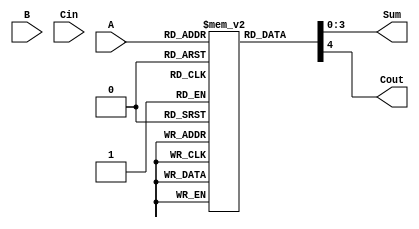
module BCD_LUT_Adder (
    input  [3:0] A,        // 4-bit BCD input A
    input  [3:0] B,        // 4-bit BCD input B
    input        Cin,       // Carry input
    output [3:0] Sum,       // 4-bit BCD output sum
    output       Cout       // Carry output
);
    
    // Defining the size of the LUT: 16 for A and B inputs (0-9 range)
    reg [4:0] LUT [0:15];  // LUT for storing 5-bit results (4-bit sum + 1 bit carry)
    
    initial begin
        // Initialize LUT with precomputed values
        // LUT entries correspond to {Cin, B, A} => {Cout, Sum}
        
        // Input combinations: A + B + Cin
        LUT[0]  = 5'b00000; // 0 + 0 + 0 = 0
        LUT[1]  = 5'b00001; // 0 + 1 + 0 = 1
        LUT[2]  = 5'b00010; // 0 + 2 + 0 = 2
        LUT[3]  = 5'b00011; // 0 + 3 + 0 = 3
        LUT[4]  = 5'b00100; // 0 + 4 + 0 = 4
        LUT[5]  = 5'b00101; // 0 + 5 + 0 = 5
        LUT[6]  = 5'b00110; // 0 + 6 + 0 = 6
        LUT[7]  = 5'b00111; // 0 + 7 + 0 = 7
        LUT[8]  = 5'b01000; // 0 + 8 + 0 = 8
        LUT[9]  = 5'b01001; // 0 + 9 + 0 = 9
        LUT[10] = 5'b01010; // 1 + 0 + 0 = 10
        LUT[11] = 5'b01011; // 1 + 1 + 0 = 11
        LUT[12] = 5'b01100; // 1 + 2 + 0 = 12
        LUT[13] = 5'b01101; // 1 + 3 + 0 = 13
        LUT[14] = 5'b01110; // 1 + 4 + 0 = 14
        LUT[15] = 5'b01111; // 1 + 5 + 0 = 15
        // Continue initializing for all combinations.
        // More entries would be needed to fill all A, B combinations with Cin in mind.
        // Note: Entries for A + B + 1, A + B + 2, etc. should be filled in as well.
    end
    
    wire [5:0] sum_bin; // 5-bit sum for A + B + Cin
    assign sum_bin = A + B + Cin; // Binary sum
    
    // Select the LUT entry based on A, B, and Cin
    wire [3:0] index = {Cin, B[3:0], A[3:0]};
    
    assign {Cout, Sum} = LUT[index]; // Collect the result from the LUT

endmodule